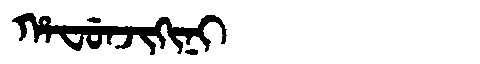
Manchu: ᡥᠠᠸᡠᠨᠵᡳᡴᡳᠨᡳ
Romanization: HAFUNJIKINI